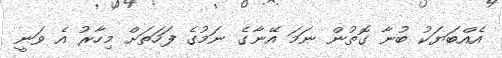
އެއްބަޔަކު ބުނާ ގޮތުން ނަމަ އޭނާގެ ނަމުގެ ފަހަތަށް މިހާރު އެ ވަނީ